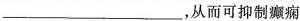
___，从而可抑制癫痫